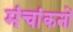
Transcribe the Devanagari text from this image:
मंचांकनों